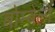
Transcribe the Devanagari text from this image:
बोम्बेली